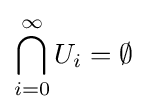
\bigcap \limits _{i=0}^{\infty }U_{i}=\emptyset